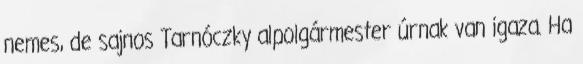
nemes, de sajnos Tarnóczky alpolgármester úrnak van igaza. Ha